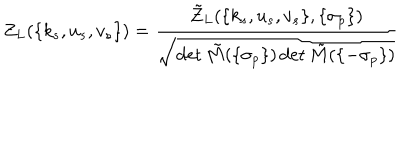
Z _ { L } ( \{ k _ { s } , u _ { s } , v _ { s } \} ) = \frac { \tilde { Z } _ { L } ( \{ k _ { s } , u _ { s } , v _ { s } \} , \{ \sigma _ { p } \} ) } { \sqrt { \det \tilde { M } ( \{ \sigma _ { p } \} ) \det \tilde { M } ( \{ - \sigma _ { p } \} ) } }